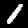
Digit: 1